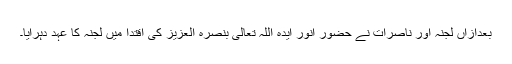
بعدازاں لجنہ اور ناصرات نے حضور انور ایّدہ اللہ تعالیٰ بنصرہ العزیز کی اقتدا میں لجنہ کا عہد دہرایا۔